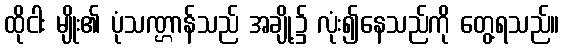
ထိုငါး မျိုး၏ ပုံသဏ္ဌာန်သည် အချို့၌ လုံး၍နေသည်ကို တွေ့ရသည်။